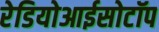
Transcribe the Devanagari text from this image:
रेडियोआईसोटॉप